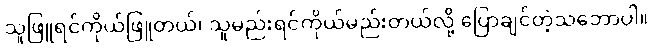
သူဖြူရင်ကိုယ်ဖြူတယ်၊ သူမည်းရင်ကိုယ်မည်းတယ်လို့ ပြောချင်တဲ့သဘောပါ။